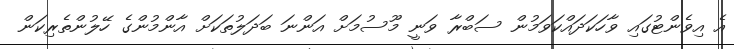
އެ އިވެންޓުގައި ވާހަކަދައްކަވަމުން ސަބްރާ ވަނީ މޫސުމަށް އަންނަ ބަދަލުތަކަށް އާންމުންގެ ހޭލުންތެރިކަން